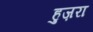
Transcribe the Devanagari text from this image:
हुज़रा